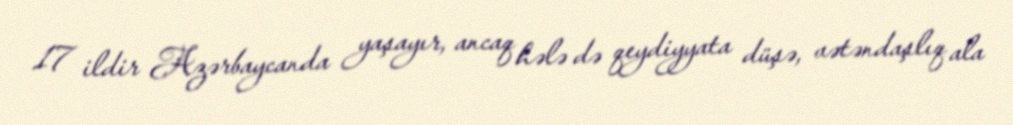
17 ildir Azərbaycanda yaşayır, ancaq hələ də qeydiyyata düşə, vətəndaşlıq ala